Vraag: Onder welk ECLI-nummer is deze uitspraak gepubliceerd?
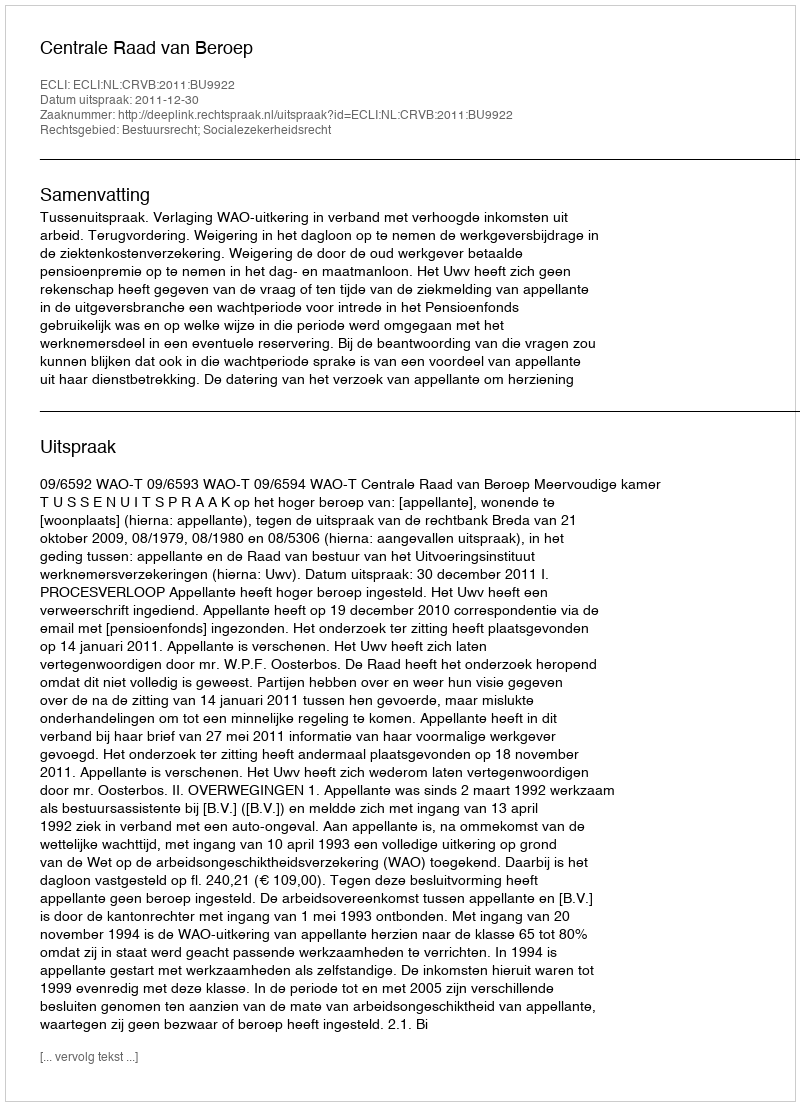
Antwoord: ECLI:NL:CRVB:2011:BU9922